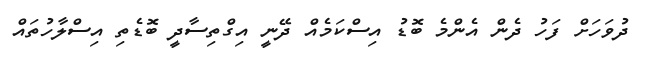
ދުވަހަށް ފަހު ދެން އެންމެ ބޮޑު އިސްކަމެއް ދޭނީ އިގްތިސާދީ ބޮޑެތި އިސްލާހުތައް